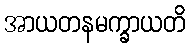
အာယတနမက္ခာယတိ